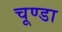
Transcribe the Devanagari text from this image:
चूण्डा